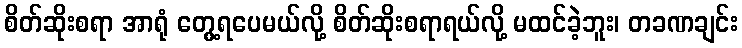
စိတ်ဆိုးစရာ အာရုံ တွေ့ရပေမယ်လို့ စိတ်ဆိုးစရာရယ်လို့ မထင်ခဲ့ဘူး၊ တခဏချင်း